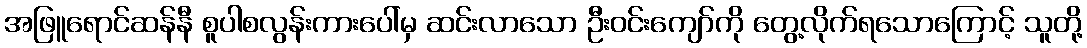
အဖြူရောင်ဆန်နီ စူပါစလွန်းကားပေါ်မှ ဆင်းလာသော ဦးဝင်းကျော်ကို တွေ့လိုက်ရသောကြောင့် သူတို့